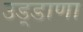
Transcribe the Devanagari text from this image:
उड़्डाणा